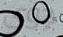
جوى